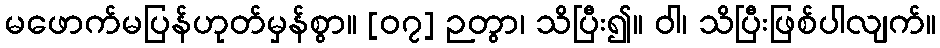
မဖောက်မပြန်ဟုတ်မှန်စွာ။ [၀၇] ဉတွာ၊ သိပြီး၍။ ဝါ၊ သိပြီးဖြစ်ပါလျက်။